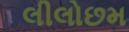
લીલોછમ